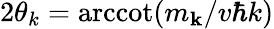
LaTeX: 2\theta_{k}=\mathrm{arccot}(m_{\mathbf{k}}/v\hbar k)